Senior Leaving Certificate Examination (including Day School Certificate (Higher) General paper), 1946
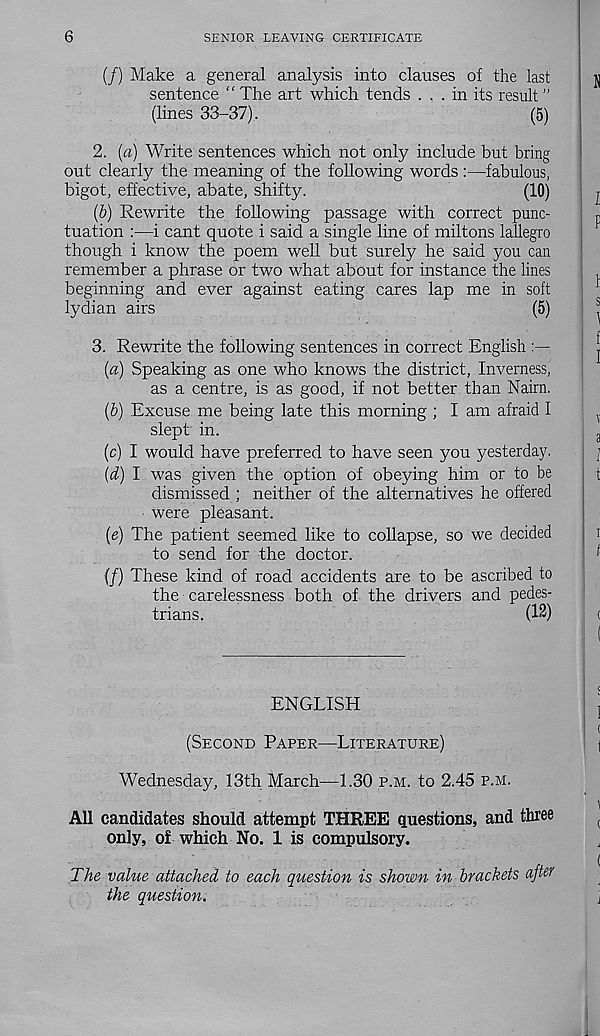
6
SENIOR LEAVING CERTIFICATE
(/) Make a general analysis into clauses of the last
j|
sentence “ The art which tends ... in its result ”
(lines 33-37).
(5)
2. (a) Write sentences which not only include but bring
out clearly the meaning of the following words :—fabulous,
bigot, effective, abate, shifty.
(10)
r
(b)
Rewrite the following passag
tuation :—i cant quote i said a single line of miltons lallegro
though i know the poem well but surely he said you can
remember a phrase or two what about for instance the lines
beginning and ever against eating cares lap me in soft
lydian airs
(5)
^
3. Rewrite the following sentences in correct English
(a) Speaking as one who knows the district, Inverness,
as a centre, is as good, if not better than Nairn.
(b) Excuse me being late this morning ; I am afraid I
,
slept in.
a
(c) I would have preferred to have seen you yesterday.
(d) I was given the option of obeying him or to be
t
dismissed ; neither of the alternatives he offered
were pleasant.
(e) The patient seemed like to collapse, so we decided
i
to send for the doctor.
*
(/) These kind of road accidents are to be ascribed to
the carelessness both of the drivers and pedes-
trians.
(12)
(
ENGLISH
(SECOND PAPER—LITERATURE)
Wednesday, 13th March—1.30 P.M. to 2.45 P.M.
All candidates should attempt THREE questions, and three
only, of which No. 1 is compulsory.
The value attached to each question is shown in brackets after
the question.